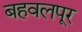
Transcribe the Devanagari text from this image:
बहवलपूर